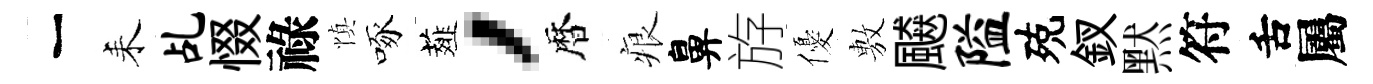
一耒乩惙祿慎啄薤，暦痕鼻斿優𢾾飇隘殑釵黙符舌屬